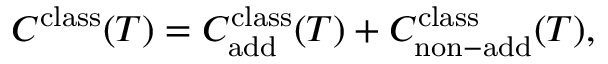
C ^ { \mathrm { c l a s s } } ( T ) = C _ { \mathrm { a d d } } ^ { \mathrm { c l a s s } } ( T ) + C _ { \mathrm { n o n - a d d } } ^ { \mathrm { c l a s s } } ( T ) ,